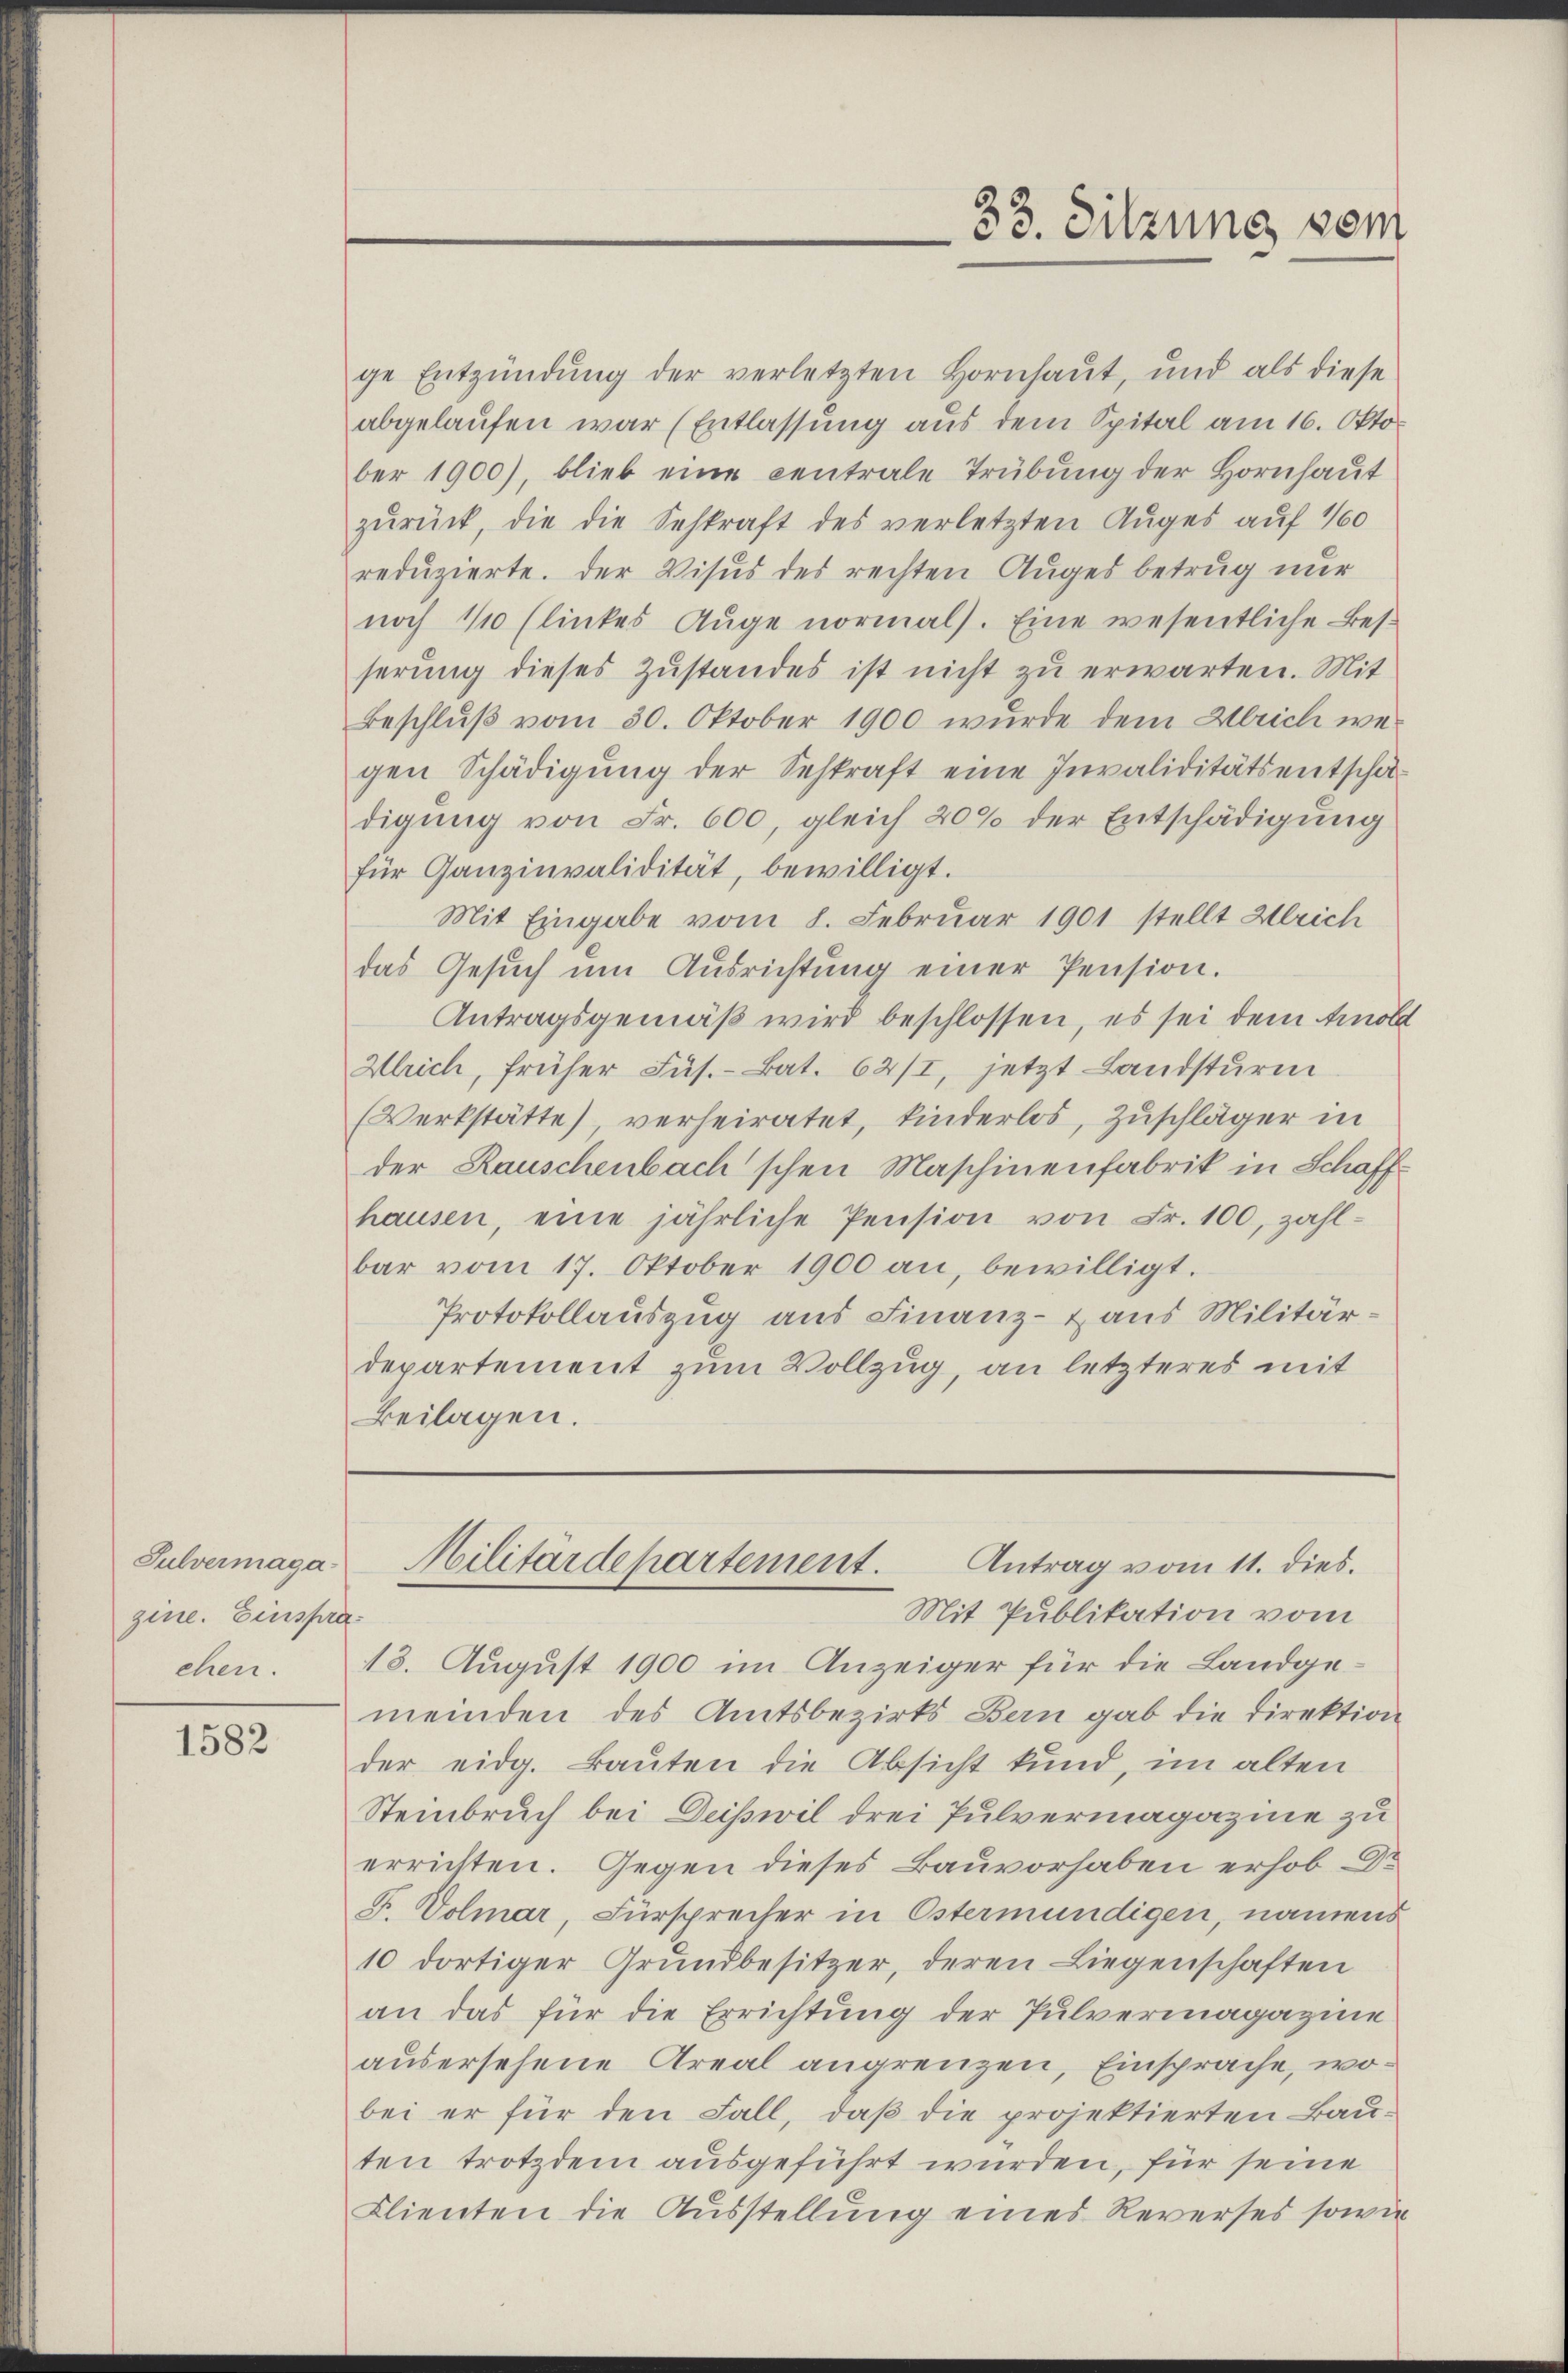
Sulvermaga
gine. Einspra¬

1582

33. Sitzung vom

ge Entzündŭng der verletzten Hornhaŭt, und als diese
abgelaufen war (Entlassung aus dem Spital am 16. Okto
ber 1900), blieb eine centrale Trübŭng der Hornhaŭt
zŭrück, die die Sehkraft des verletzten Auges auf 100
reduzierte. Der Visus des rechten Auges betrug nur
noch 1/10 (linkes Auge normal). Eine wesentliche Besserung dieses Zustandes ist nicht zu erwarten. Mit
Beschluß vom 30. Oktober 1900 wurde dem Ulrich wegen Schädigŭng der Sehkraft eine Invaliditätsentschädigung von Fr. 600, gleich 20% der Entschädigung
für Ganzinvalidität, bewilligt.
Mit Eingabe vom 8. Februar 1901 stellt Gleich
das Gesŭch ŭm Aŭsrichtŭng einer Pension.
Antragsgemäß wird beschlossen, es sei dem Arnold
Wlrich, früher Füs.- Bat. 62/I, jetzt Landsturm
(Werkstätte), verheiratet, kinderlos, Zuschläger in
der Rauschenbachschen Maschinenfabrik in Schaffhausen, eine jährliche Pension von Fr. 100, zahl-
bar vom 17. Oktober 1900 an, bewilligt.
Protokollauszug aus Finanz- & aus Militär-
departement zum Vollzug, an letzteres mit
Beilagen.

Antrag vom 11. dies.
Militärdepartement.
Mit Publikation vom

chen. 13. August 1900 im Anzeiger für die Landge-
meinden des Amtsbezirks Bern gab die Direktion
der eidg. Bauten die Absicht kund, im alten
Steinbruch bei Deiswil drei Pulvermagazine zu
errichten. Gegen dieses Bauvorhaben erhob Dr
F. Volmar, Fürsprecher in Östermündigen, namens
10 dortiger Grundbesitzer, deren Liegenschaften
an das für die Errichtung der Pulvermagazine
ausersehene Areal angrenzen, Einsprache, wobei er für den Fall, daß die projektierten Bau-
ten trotzdem ausgeführt wurden, für seine
Clienten die Ausstellung eines Reverses sowie